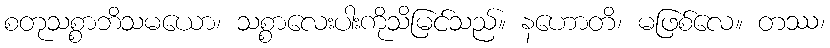
စတုသစ္စာဘိသမယော၊ သစ္စာလေးပါးကိုသိမြင်သည်။ နဟောတိ၊ မဖြစ်လေ။ တဿ၊